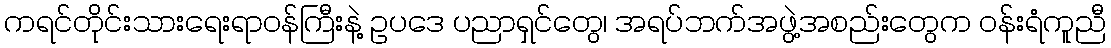
ကရင်တိုင်းသားရေးရာဝန်ကြီးနဲ့ ဥပဒေ ပညာရှင်တွေ၊ အရပ်ဘက်အဖွဲ့အစည်းတွေက ဝန်းရံကူညီ